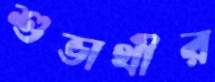
শুভার্থীর